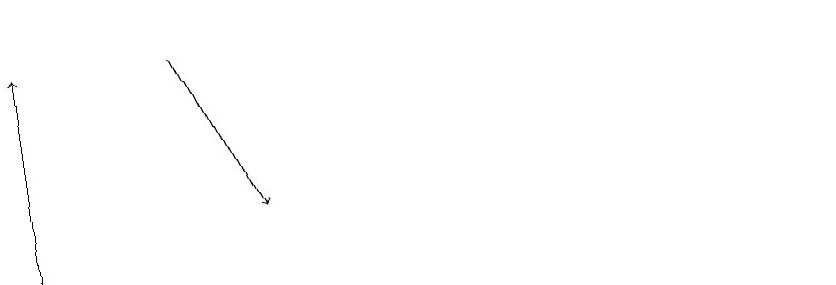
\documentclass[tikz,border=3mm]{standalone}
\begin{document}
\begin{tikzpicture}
\draw (10,11) circle (0);
\draw[->] (0,11) -- (0,14);
\draw[->] (2,14) -- (3,12);
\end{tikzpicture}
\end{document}